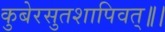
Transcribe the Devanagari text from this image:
कुबेरसुतशापिवत्‌॥।